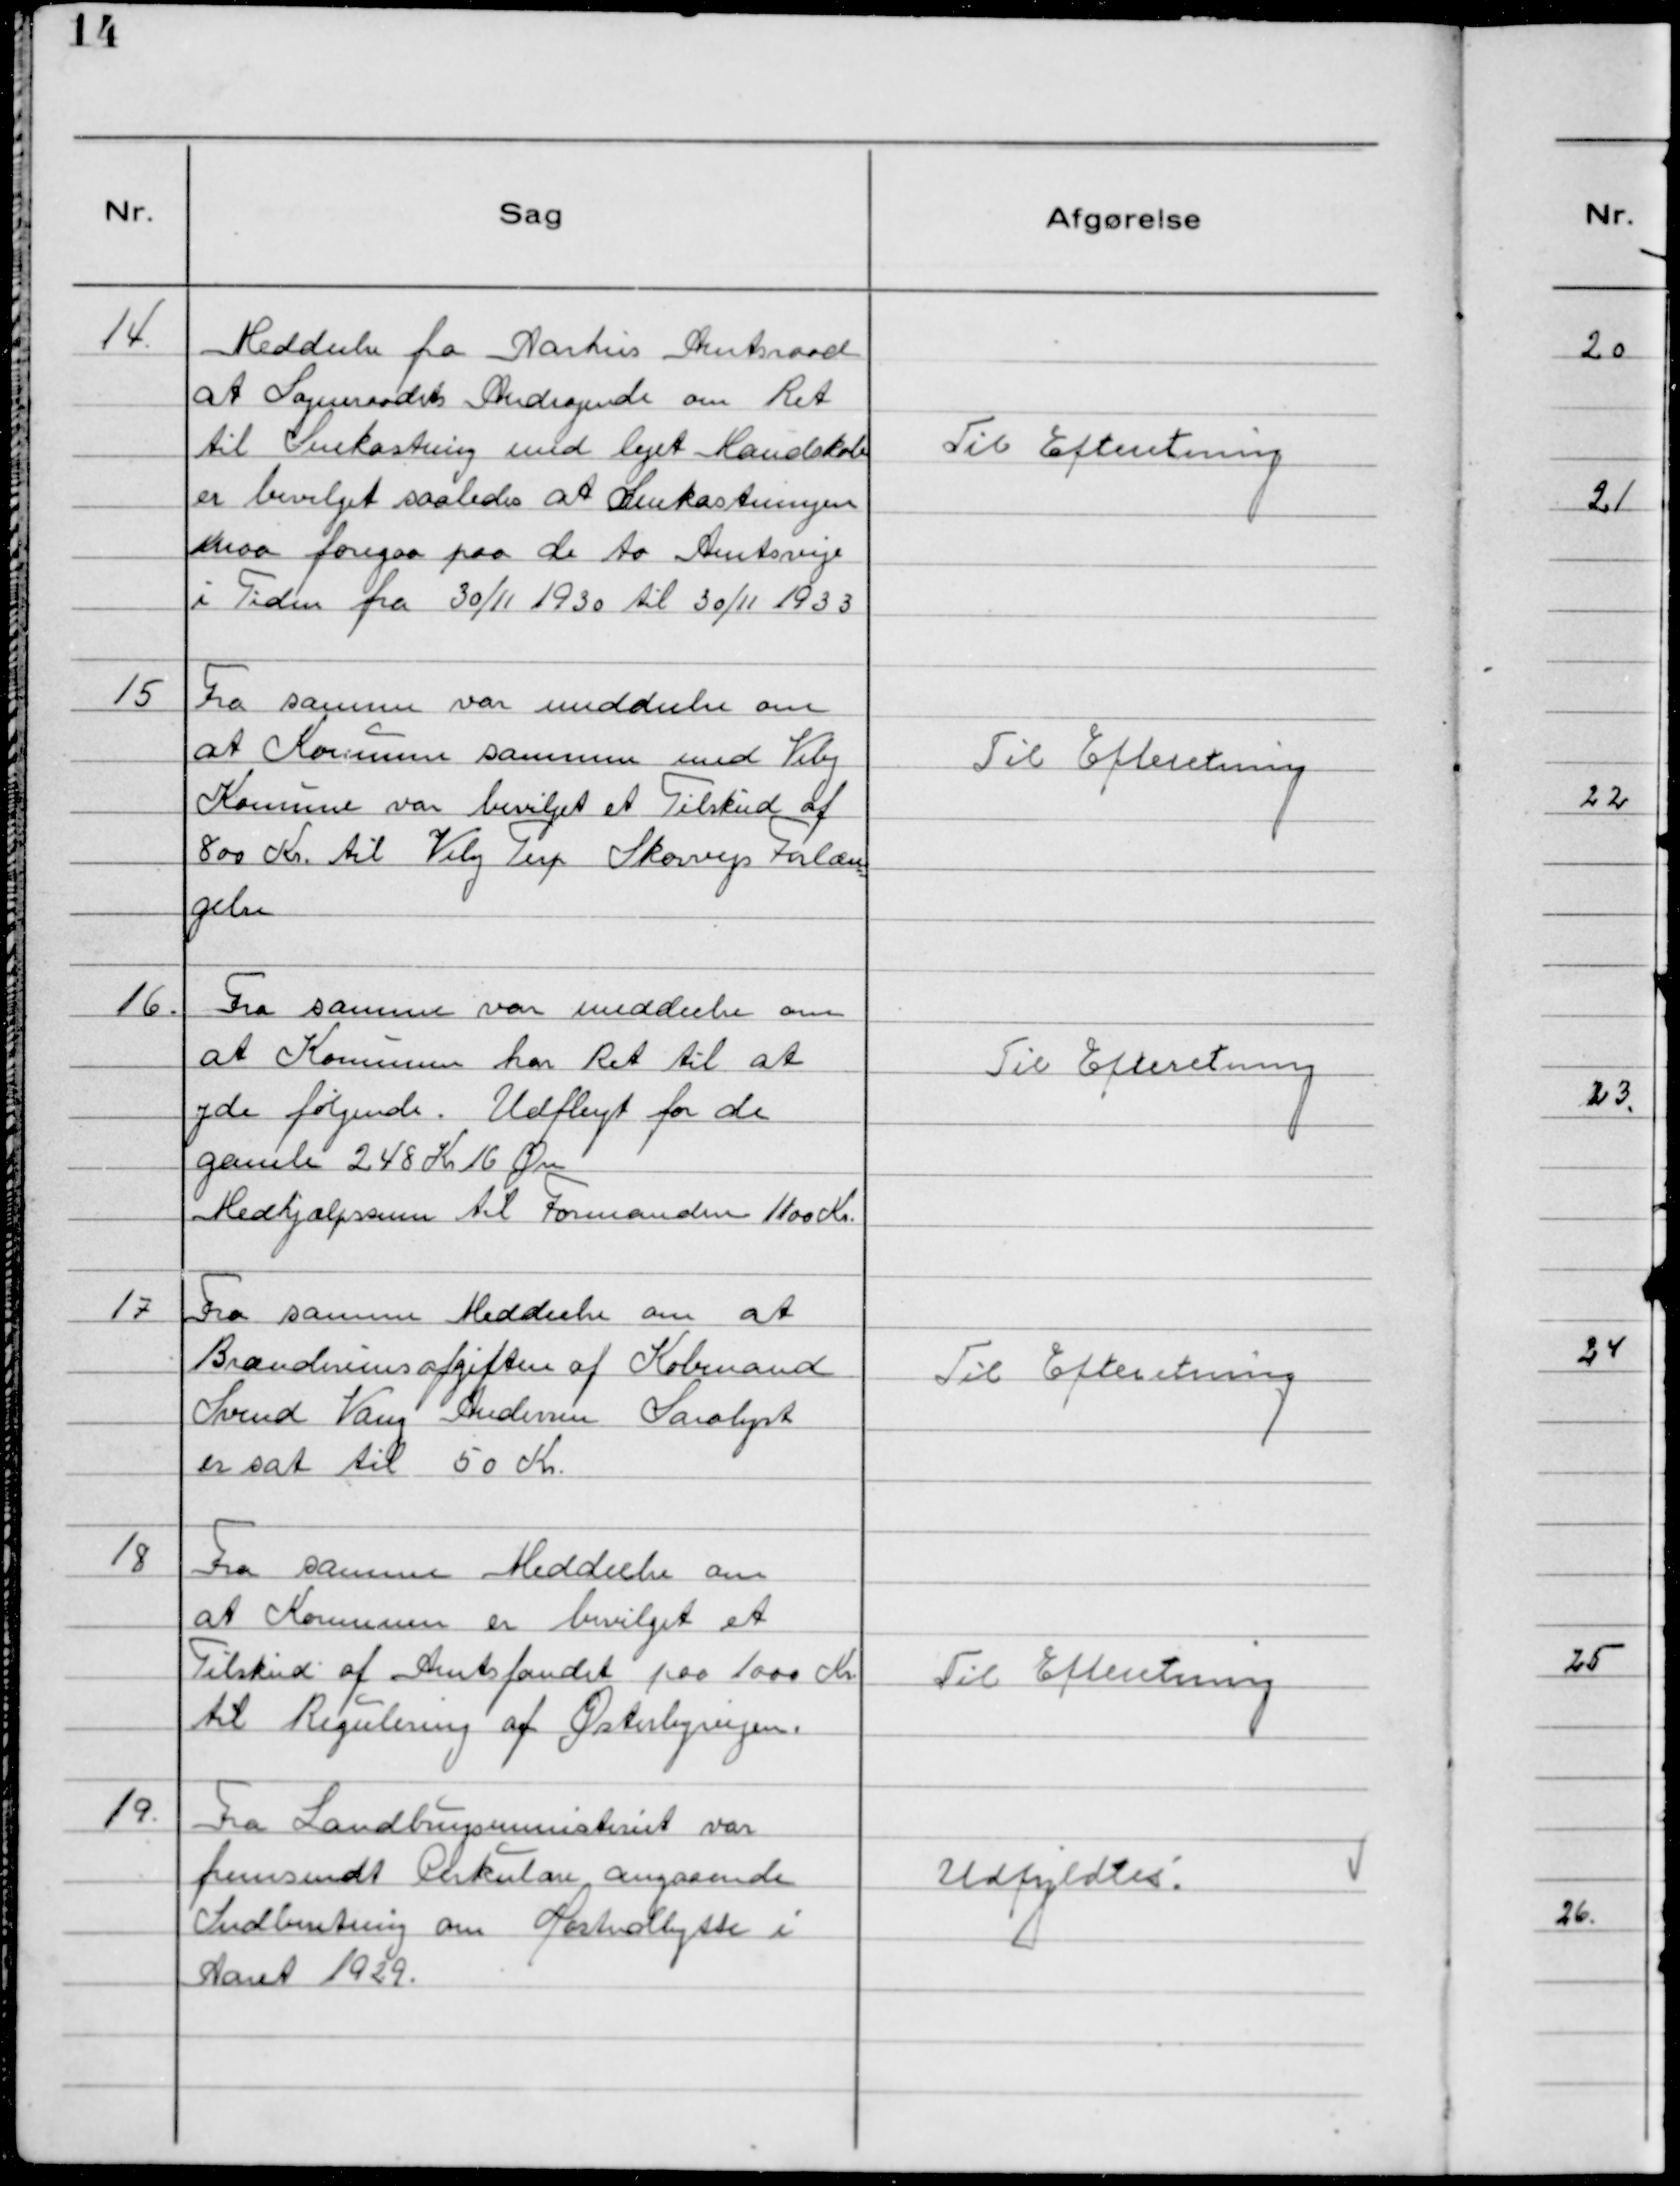
Transskription:
14. Meddeelse fra Aarhus Amtsraad
at Sogneraadets Andragende om Ret
til Snekastning med lejet Mandskab
er bevilget saaledes at Snekastningen
maa foregaa paa de to Amtsveje
i Tiden fra 30/11 1930 til 30/11 1933

Til Efterretning

15 Fra samme var meddeelse om
at Kommunen sammen med Viby
Kommune var bevilget et Tilskud af
800 Kr. til Viby Terp Skovvejs Forlæn
gelse

Til Efterretning

16. Fra samme var meddeelse om
at Kommunen har Ret til at
yde følgende. Udflugt for de
Gamle 248 Kr 16 Øre
Medhjælpssum til Formanden 1100 Kr.

Til Efterretning

17 Fra samme Meddeelse om at
Brændevinsafgiften af Kobmand
Svend Vang Andersen Saralyst
er sat til 50 Kr.

Til Efterretning

18 Fra samme Meddeelse om
at Kommunen er bevilget et
Tilskud af Amtsfondet paa 1000 Kr.
til Regulering af Østerbyvejen.

Til Efterretning

19. Fra Landbrugsministeriet var
fremsendt Cirkulære angaaende
Indberetning om Hostudbytte i
Aaret 1929.

Udfyldtes.